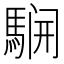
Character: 𲉈